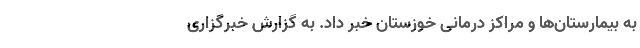
به بیمارستان‌ها و مراکز درمانی خوزستان خبر داد. به گزارش خبرگزاری